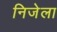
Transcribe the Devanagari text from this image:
निजेला